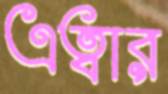
এত্বার